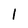
Character: 1